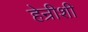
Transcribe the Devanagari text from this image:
हेन्रीशी